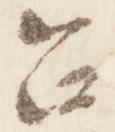
召